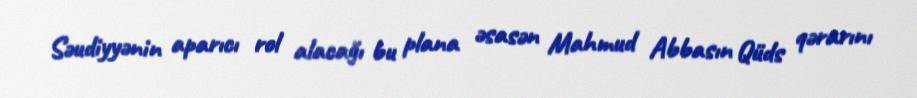
Səudiyyənin aparıcı rol alacağı bu plana əsasən Mahmud Abbasın Qüds qərarını